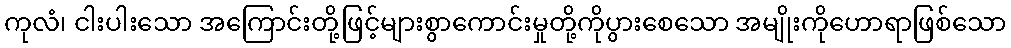
ကုလံ၊ ငါးပါးသော အကြောင်းတို့ဖြင့်များစွာကောင်းမှုတို့ကိုပွားစေသော အမျိုးကိုဟောရာဖြစ်သော